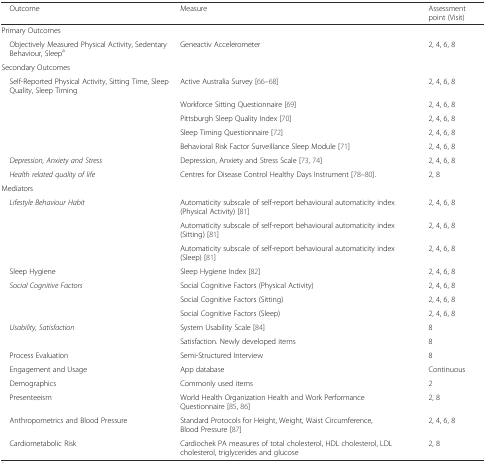
<table><thead><tr><td><b> Outcome</b></td><td><b>Measure</b></td><td><b>Assessment point (Visit)</b></td></tr></thead><tbody><tr><td>Primary Outcomes</td><td></td><td></td></tr><tr><td> Objectively Measured Physical Activity, Sedentary Behaviour, Sleep<sup>a</sup></td><td>Geneactiv Accelerometer</td><td>2, 4, 6, 8</td></tr><tr><td>Secondary Outcomes</td><td></td><td></td></tr><tr><td> Self-Reported Physical Activity, Sitting Time, Sleep Quality, Sleep Timing</td><td>Active Australia Survey [66–68]</td><td>2, 4, 6, 8</td></tr><tr><td></td><td>Workforce Sitting Questionnaire [69]</td><td>2, 4, 6, 8</td></tr><tr><td></td><td>Pittsburgh Sleep Quality Index [70]</td><td>2, 4, 6, 8</td></tr><tr><td></td><td>Sleep Timing Questionnaire [72]</td><td>2, 4, 6, 8</td></tr><tr><td></td><td>Behavioral Risk Factor Surveillance Sleep Module [71]</td><td>2, 4, 6, 8</td></tr><tr><td> <i>Depression, Anxiety and Stress</i></td><td>Depression, Anxiety and Stress Scale [73, 74]</td><td>2, 4, 6, 8</td></tr><tr><td> <i>Health related quality of life</i></td><td>Centres for Disease Control Healthy Days Instrument [78–80].</td><td>2, 8</td></tr><tr><td>Mediators</td><td></td><td></td></tr><tr><td> <i>Lifestyle Behaviour Habit</i></td><td>Automaticity subscale of self-report behavioural automaticity index (Physical Activity) [81]</td><td>2, 4, 6, 8</td></tr><tr><td></td><td>Automaticity subscale of self-report behavioural automaticity index (Sitting) [81]</td><td>2, 4, 6, 8</td></tr><tr><td></td><td>Automaticity subscale of self-report behavioural automaticity index (Sleep) [81]</td><td>2, 4, 6, 8</td></tr><tr><td> Sleep Hygiene</td><td>Sleep Hygiene Index [82]</td><td>2, 4, 6, 8</td></tr><tr><td> <i>Social Cognitive Factors</i></td><td>Social Cognitive Factors (Physical Activity)</td><td>2, 4, 6, 8</td></tr><tr><td></td><td>Social Cognitive Factors (Sitting)</td><td>2, 4, 6, 8</td></tr><tr><td></td><td>Social Cognitive Factors (Sleep)</td><td>2, 4, 6, 8</td></tr><tr><td> <i>Usability, Satisfaction</i></td><td>System Usability Scale [84]</td><td>8</td></tr><tr><td></td><td>Satisfaction. Newly developed items</td><td>8</td></tr><tr><td> Process Evaluation</td><td>Semi-Structured Interview</td><td>8</td></tr><tr><td> Engagement and Usage</td><td>App database</td><td>Continuous</td></tr><tr><td> Demographics</td><td>Commonly used items</td><td>2</td></tr><tr><td> Presenteeism</td><td>World Health Organization Health and Work Performance Questionnaire [85, 86]</td><td>2, 8</td></tr><tr><td> Anthropometrics and Blood Pressure</td><td>Standard Protocols for Height, Weight, Waist Circumference, Blood Pressure [87]</td><td>2, 4, 6, 8</td></tr><tr><td> Cardiometabolic Risk</td><td>Cardiochek PA measures of total cholesterol, HDL cholesterol, LDL cholesterol, triglycerides and glucose</td><td>2, 8</td></tr></tbody></table>